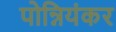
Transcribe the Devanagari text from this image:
पोन्नियंकर